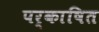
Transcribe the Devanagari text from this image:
पर्काषित